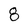
Character: 8